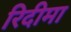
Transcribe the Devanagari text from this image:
रिदीमा